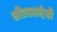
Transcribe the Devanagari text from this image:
सीतलादेवी